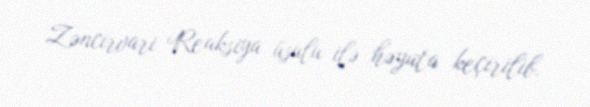
Zəncirvari Reaksiya üsulu ilə həyata keçirilib.